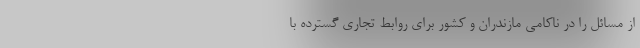
از مسائل را در ناکامی مازندران و کشور برای روابط تجاری گسترده با